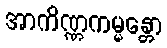
အာကိဏ္ဏကမ္မန္တော